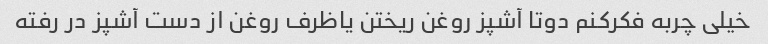
خیلی چربه فکرکنم دوتا آشپز روغن ریختن یاظرف روغن از دست آشپز در رفته